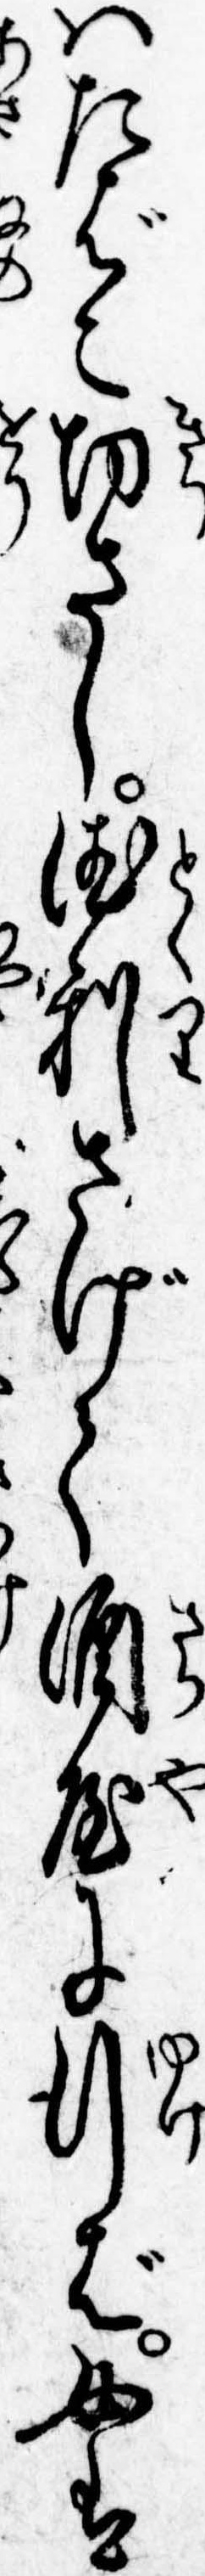
はたばこ切さし徳利さげて酒屋に行ば女は